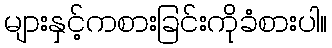
များနှင့်ကစားခြင်းကိုခံစားပါ။